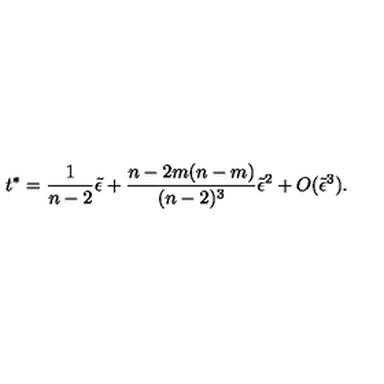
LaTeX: t ^ { \ast } = { \frac { 1 } { n - 2 } } \tilde { \epsilon } + { \frac { n - 2 m ( n - m ) } { ( n - 2 ) ^ { 3 } } } \tilde { \epsilon } ^ { 2 } + O ( \tilde { \epsilon } ^ { 3 } ) .